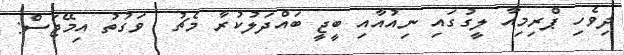
ދިވެހި ޕްރިމިއާ ލީގުގައި ނިއުއާއި ބީޖީ ބައްދަލުކުރާ މެޗު  ވަގުތު އިމޭޖަސް: